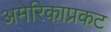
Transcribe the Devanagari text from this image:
अमेरिकाप्रकट